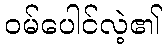
ဝမ်ပေါင်လဲ့၏